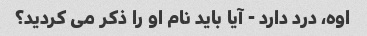
اوه، درد دارد - آیا باید نام او را ذکر می کردید؟